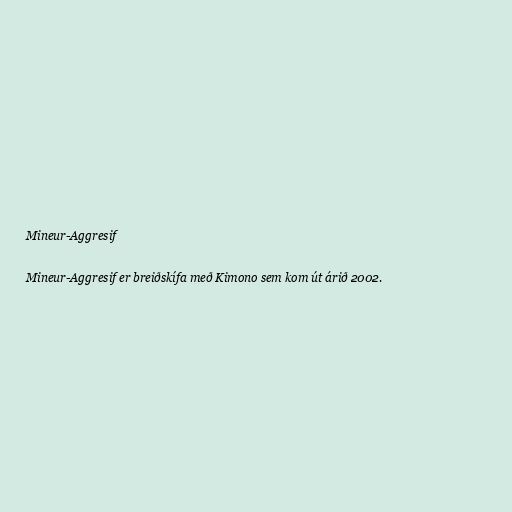
Mineur-Aggresif

Mineur-Aggresif er breiðskífa með Kimono sem kom út árið 2002.